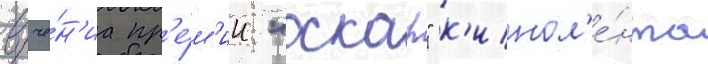
вруче́н'иа пр'е́м'ии "оскар" к'инол'е́нта